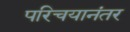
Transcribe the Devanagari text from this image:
परिचयानंतर